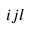
{ i j l }